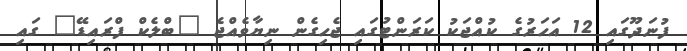
ފުނަދޫގައި 12 އަހަރުގެ ކުއްޖަކު ކަރަންޓުގައި ޖެހިގެން ނިޔާވެއްޖެ "ބްލެކް ފްރައިޑޭ" ގައި